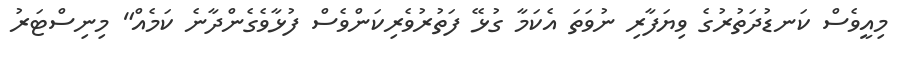
މިއީވެސް ކަނޑުދަތުރުގެ ވިިޔަފާރި ނުވަތަ އެކަމާ ގުޅޭ ފަތުރުވެރިކަންވެސް ފުޅާވެގެންދާނެ ކަމެއް" މިނިސްޓަރު